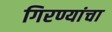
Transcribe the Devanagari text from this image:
गिरण्यांचा